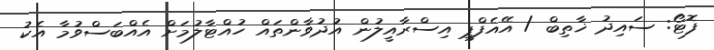
ފޮޓޯ: ސައިދު ޚާތިބް / އޭއެފްޕީ އިސްރާއީލުން އުދުވާންތައް ހުއްޓާލުމަށް އެއްބަސްވުމާ އެކު